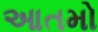
આતમો